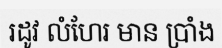
រដូវ លំហែរ មាន ប្រាំង